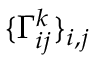
\{ \Gamma _ { i j } ^ { k } \} _ { i , j }